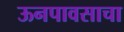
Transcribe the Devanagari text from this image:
ऊनपावसाचा